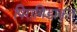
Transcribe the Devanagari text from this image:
पिरामिडाकृत